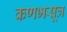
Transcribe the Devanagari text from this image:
कणभसूत्र